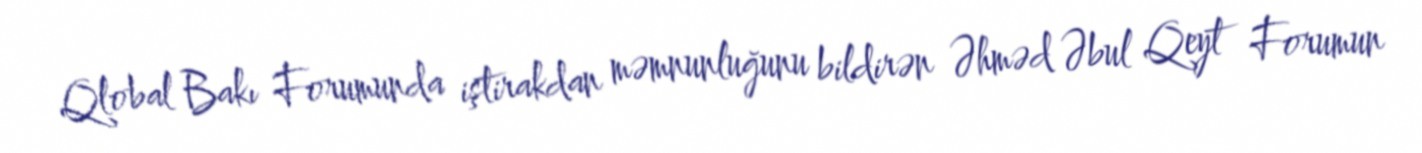
Qlobal Bakı Forumunda iştirakdan məmnunluğunu bildirən Əhməd Əbul Qeyt Forumun